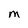
Character: M